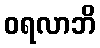
ဝရလာဘိ